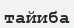
тайиба